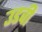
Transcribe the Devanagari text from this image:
उडवी